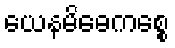
ယေနမိဓေကစ္စေ